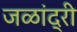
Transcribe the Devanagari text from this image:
जळांद्री